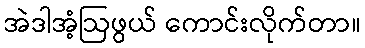
အဲဒါအံ့ဩဖွယ် ကောင်းလိုက်တာ။